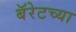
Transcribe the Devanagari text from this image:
बॅरेटच्या